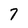
Character: 7